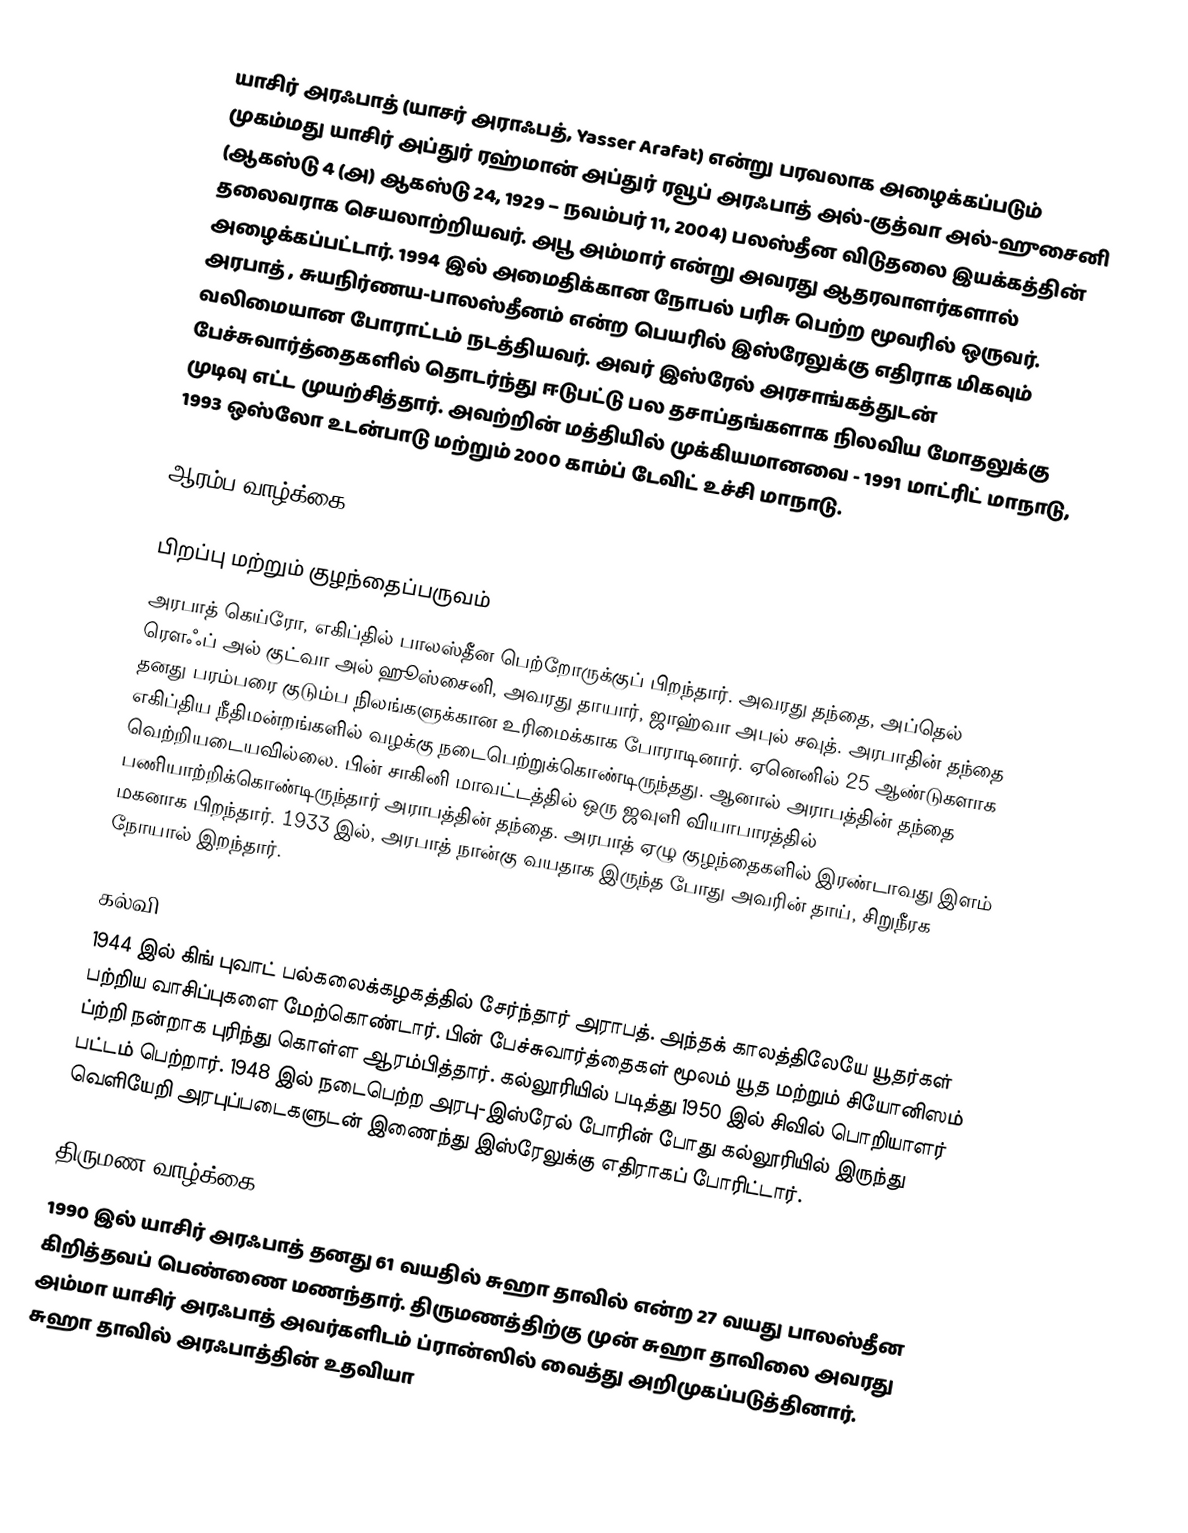
யாசிர் அரஃபாத் (யாசர் அராஃபத், Yasser Arafat) என்று பரவலாக அழைக்கப்படும் முகம்மது யாசிர் அப்துர் ரஹ்மான் அப்துர் ரவூப் அரஃபாத் அல்-குத்வா அல்-ஹுசைனி (ஆகஸ்டு 4 (அ) ஆகஸ்டு 24, 1929 – நவம்பர் 11, 2004) பலஸ்தீன விடுதலை இயக்கத்தின் தலைவராக செயலாற்றியவர். அபூ அம்மார் என்று அவரது ஆதரவாளர்களால் அழைக்கப்பட்டார். 1994 இல் அமைதிக்கான நோபல் பரிசு பெற்ற மூவரில் ஒருவர். அரபாத் , சுயநிர்ணய-பாலஸ்தீனம் என்ற பெயரில் இஸ்ரேலுக்கு எதிராக மிகவும்  வலிமையான போராட்டம் நடத்தியவர். அவர் இஸ்ரேல் அரசாங்கத்துடன் பேச்சுவார்த்தைகளில் தொடர்ந்து ஈடுபட்டு பல தசாப்தங்களாக நிலவிய மோதலுக்கு  முடிவு எட்ட  முயற்சித்தார். அவற்றின் மத்தியில் முக்கியமானவை -  1991 மாட்ரிட் மாநாடு, 1993 ஒஸ்லோ உடன்பாடு மற்றும் 2000 காம்ப் டேவிட் உச்சி மாநாடு.

ஆரம்ப வாழ்க்கை

பிறப்பு மற்றும் குழந்தைப்பருவம்
அரபாத் கெய்ரோ, எகிப்தில் பாலஸ்தீன பெற்றோருக்குப் பிறந்தார். அவரது தந்தை, அப்தெல் ரௌஃப் அல் குட்வா அல் ஹூஸ்சைனி, அவரது தாயார், ஜாஹ்வா அபுல் சவுத். அரபாதின் தந்தை தனது பரம்பரை குடும்ப நிலங்களுக்கான உரிமைக்காக போராடினார். ஏனெனில் 25 ஆண்டுகளாக  எகிப்திய நீதிமன்றங்களில் வழக்கு நடைபெற்றுக்கொண்டிருந்தது. ஆனால் அராபத்தின் தந்தை வெற்றியடையவில்லை. பின் சாகினி மாவட்டத்தில் ஒரு ஜவுளி வியாபாரத்தில் பணியாற்றிக்கொண்டிருந்தார் அராபத்தின் தந்தை. அரபாத் ஏழு குழந்தைகளில் இரண்டாவது இளம் மகனாக பிறந்தார். 1933 இல், அரபாத் நான்கு வயதாக இருந்த போது அவரின் தாய், சிறுநீரக நோயால் இறந்தார்.

கல்வி
1944 இல் கிங் புவாட் பல்கலைக்கழகத்தில் சேர்ந்தார் அராபத். அந்தக் காலத்திலேயே யூதர்கள் பற்றிய வாசிப்புகளை மேற்கொண்டார். பின் பேச்சுவார்த்தைகள் மூலம் யூத மற்றும் சியோனிஸம் ப்ற்றி நன்றாக புரிந்து கொள்ள ஆரம்பித்தார்.  கல்லூரியில் படித்து 1950 இல் சிவில் பொறியாளர் பட்டம் பெற்றார். 1948 இல் நடைபெற்ற அரபு-இஸ்ரேல் போரின் போது கல்லூரியில் இருந்து வெளியேறி அரபுப்படைகளுடன் இணைந்து இஸ்ரேலுக்கு எதிராகப் போரிட்டார்.

திருமண வாழ்க்கை
1990 இல் யாசிர் அரஃபாத் தனது 61 வயதில் சுஹா தாவில் என்ற 27 வயது பாலஸ்தீன கிறித்தவப் பெண்ணை மணந்தார். திருமணத்திற்கு முன் சுஹா தாவிலை அவரது அம்மா யாசிர் அரஃபாத் அவர்களிடம் ப்ரான்ஸில் வைத்து அறிமுகப்படுத்தினார். சுஹா தாவில் அரஃபாத்தின் உதவியா